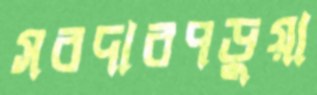
সরদারপড়ুয়া